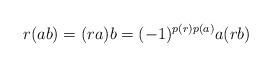
LaTeX: \begin{align*}r(ab)=(ra)b=(-1)^{p(r)p(a)}a(rb)\end{align*}